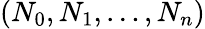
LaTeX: (N_{0},N_{1},\dots,N_{n})